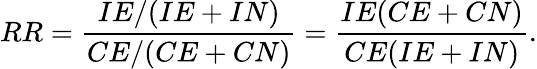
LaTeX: RR={\frac{IE/(IE+IN)}{CE/(CE+CN)}}={\frac{IE(CE+CN)}{CE(IE+IN)}}.